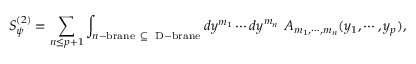
S _ { \psi } ^ { ( 2 ) } = \sum _ { n \leq p + 1 } \int _ { n \mathrm { \tiny - b r a n e } ~ \subseteq ~ \mathrm { \tiny ~ D - b r a n e } } d y ^ { m _ { 1 } } \cdots d y ^ { m _ { n } } ~ A _ { m _ { 1 } , \cdots , m _ { n } } ( y _ { 1 } , \cdots , y _ { p } ) ,